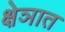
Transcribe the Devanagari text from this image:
क्षेञात